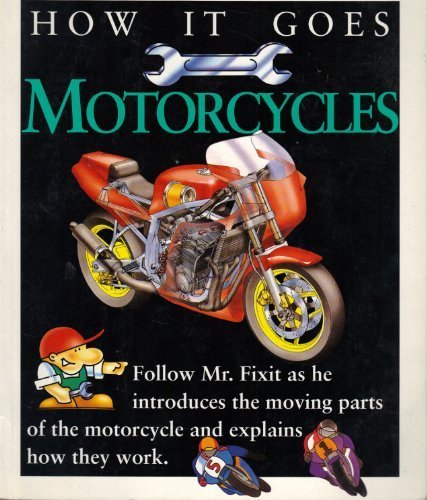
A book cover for How It Goes: Motorcycles (How It Goes Books); Kate Scarborough; Children's Books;